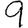
Digit: 9